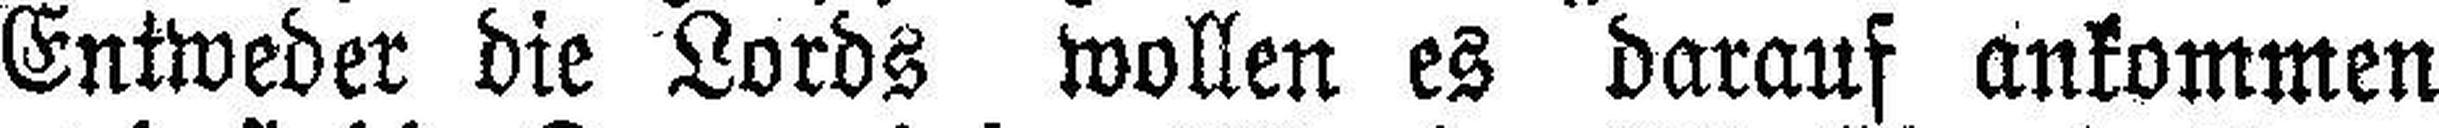
Entweder die Lords wollen es darauf ankommen